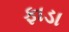
ફાડા